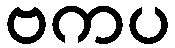
ဗကပ